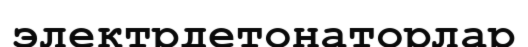
электрдетонаторлар